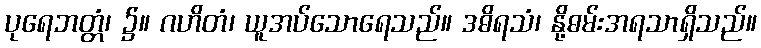
ပုရေဘတ္တံ၊ ၌။ ဂဟိတံ၊ ယူအပ်သောရေသည်။ ဒဓိရသံ၊ နို့ဓမ်းအရသာရှိသည်။